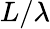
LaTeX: L/\lambda